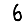
Digit: 6